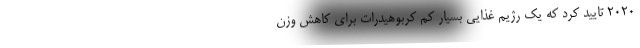
2020 تایید کرد که یک رژیم غذایی بسیار کم کربوهیدرات برای کاهش وزن